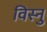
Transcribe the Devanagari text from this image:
विस्नु